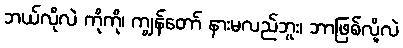
ဘယ်လိုလဲ ကိုကို၊ ကျွန်တော် နားမလည်ဘူး၊ ဘာဖြစ်လို့လဲ